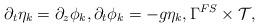
LaTeX: \begin{align*} \partial_{t} \eta_k &= \partial_z \phi_k, \partial_{t} \phi_k = -g \eta_k, \Gamma^{FS} \times \mathcal{T},\end{align*}